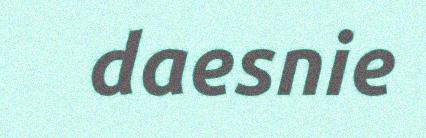
daesnie